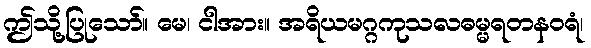
ဤသို့ပြုသော်။ မေ၊ ငါအား။ အရိယမဂ္ဂကုသလဓမ္မရတနဝရံ၊